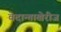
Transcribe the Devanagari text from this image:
वेदान्ताखेरीज